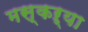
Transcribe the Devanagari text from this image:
मस्कऱ्या